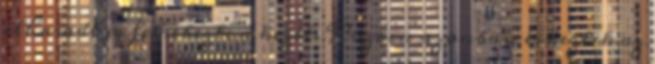
elhasadt és felsebezte a kezét. Közben azonban érkeztek az